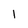
Character: l